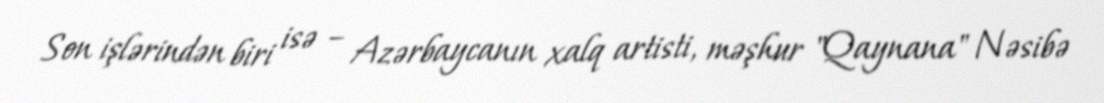
Son işlərindən biri isə – Azərbaycanın xalq artisti, məşhur "Qaynana" Nəsibə